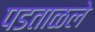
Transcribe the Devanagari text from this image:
पडताळले